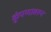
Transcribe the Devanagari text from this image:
कुंपणावरून